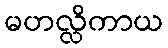
မဟလ္လိကာယ